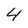
Character: 4